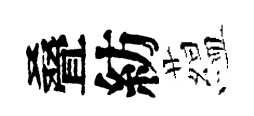
叠紡藴